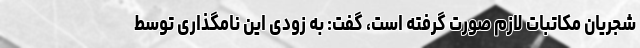
شجریان مکاتبات لازم صورت گرفته است، گفت: به زودی این نامگذاری توسط